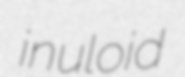
inuloid